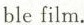
ble film.